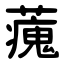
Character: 藱